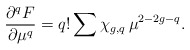
\begin{align*}\frac{{\partial}^qF}{{\partial}\mu^q}=q!\sum \chi_{g,q}\,\mu^{2-2g-q}.\end{align*}